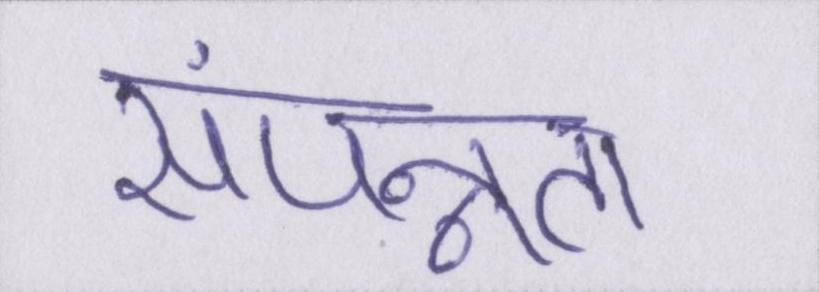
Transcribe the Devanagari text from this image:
संपन्नता